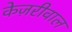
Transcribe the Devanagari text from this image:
केज़रीवाल